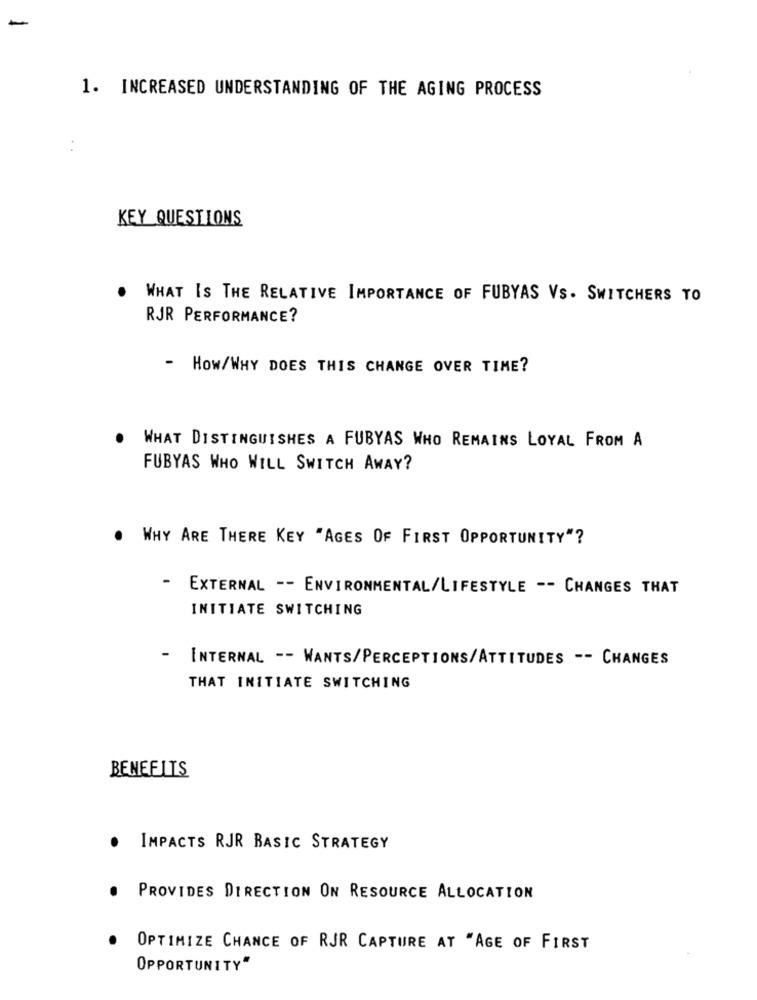
1. INCREASED UNDERSTANDING OF THE AGING PROCESS
KEY QUESTIONS
WHAT IS THE RELATIVE IMPORTANCE OF FUBYAS VS. SWITCHERS TO
RJR PERFORMANCE?
- How/WHY DOES THIS CHANGE OVER TIME?
WHAT DISTINGUISHES A FUBYAS WHO REMAINS LOYAL FROM A
FUBYAS WHO WILL SWITCH AWAY?
. WHY ARE THERE KEY "AGES OF FIRST OPPORTUNITY"?
-
EXTERNAL -- ENVIRONMENTAL/LIFESTYLE -- CHANGES THAT
INITIATE SWITCHING
- INTERNAL -- WANTS/PERCEPTIONS/ATTITUDES -- CHANGES
THAT INITIATE SWITCHING
BENEFITS
IMPACTS RJR BASIC STRATEGY
PROVIDES DIRECTION ON RESOURCE ALLOCATION
OPTIMIZE CHANCE OF RJR CAPTURE AT "AGE OF FIRST
OPPORTUNITY"